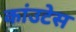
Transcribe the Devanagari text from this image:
कांउटेस